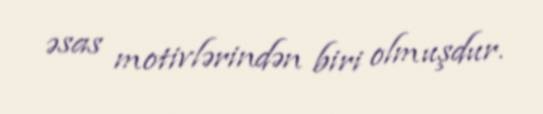
əsas motivlərindən biri olmuşdur.